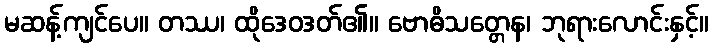
မဆန့်ကျင်ပေ။ တဿ၊ ထိုဒေဝဒတ်၏။ ဗောဓိသတ္တေန၊ ဘုရားလောင်းနှင့်။